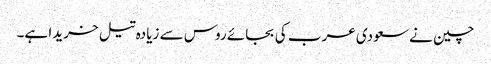
چین نے سعودی عرب کی بجائے روس سے زیادہ تیل خریدا ہے۔